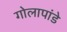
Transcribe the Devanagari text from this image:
गोलापांडे